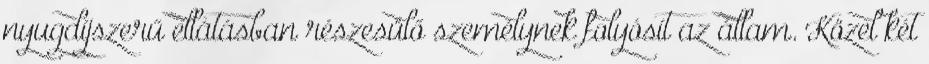
nyugdíjszerű ellátásban részesülő személynek folyósít az állam. Közel két